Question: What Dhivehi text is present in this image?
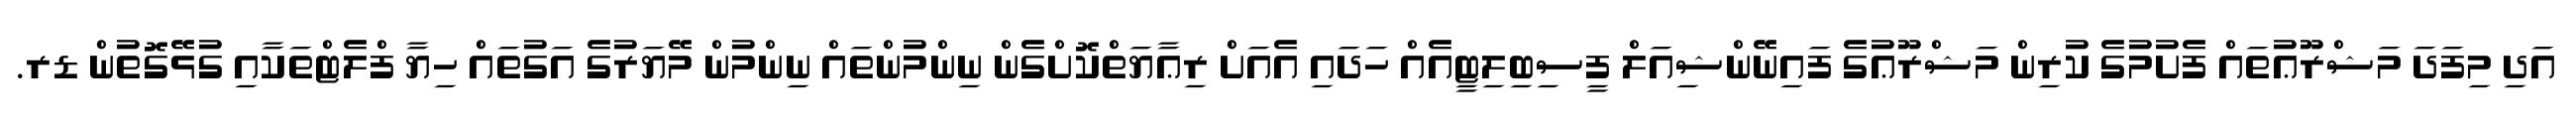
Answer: އަދި މިފަދަ މަޝްރޫޢުތައް ފެށުމުގެ ކުރިން މަޝްރޫޢުގެ ފައިނޭންޝިއަލް ފީސިބިލިޓީއެއް ހަދައި އެއަށް ރިޢާޔަތްކޮށްގެން ނިންމުންތައް ނިންމުން މޭޔަރުގެ އަގުތައް ހިޔާ ފްލެޓްތަކާއި ގުޅޭގޮތުން ޑރ.